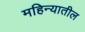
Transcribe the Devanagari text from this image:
महिन्‍यातील